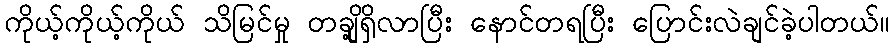
ကိုယ့်ကိုယ့်ကိုယ် သိမြင်မှု တချို့ရှိလာပြီး နောင်တရပြီး ပြောင်းလဲချင်ခဲ့ပါတယ်။